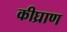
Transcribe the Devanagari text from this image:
कीघ्राण